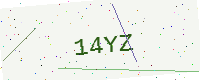
Text: 14YZ